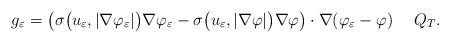
LaTeX: \begin{align*} g_\varepsilon=\big(\sigma\big(u_\varepsilon,|\nabla\varphi_\varepsilon|\big)\nabla\varphi_\varepsilon-\sigma\big(u_\varepsilon,|\nabla\varphi|\big)\nabla\varphi\big)\cdot\nabla(\varphi_\varepsilon-\varphi)\quad\; Q_T.\end{align*}